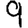
Digit: 9